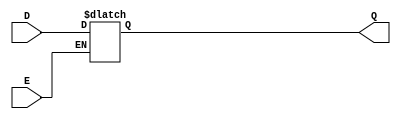
module async_gated_latch (
    input wire D,      // Data input
    input wire E,      // Enable signal
    output reg Q       // Output
);

// Always block to implement the latch behavior
always @(*) begin
    if (E) begin
        Q = D;        // Capture the value of D when E is high
    end
    // When E is low, Q retains its previous value (hold state)
end

endmodule